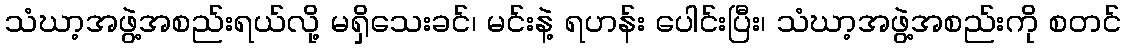
သံဃာ့အဖွဲ့အစည်းရယ်လို့ မရှိသေးခင်၊ မင်းနဲ့ ရဟန်း ပေါင်းပြီး၊ သံဃာ့အဖွဲ့အစည်းကို စတင်